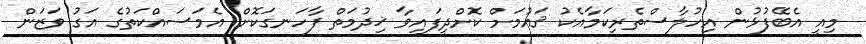
މިއީ އެބޭފުޅުން އިހުލާސްތެރިކަމާއެކު ޤައުމަށް ކޮށްދީފައިވާ ޚިދުމަތް ފާހަނގަކޮށް އެމަސައްކަތުގެ އަގު ވަޒަން